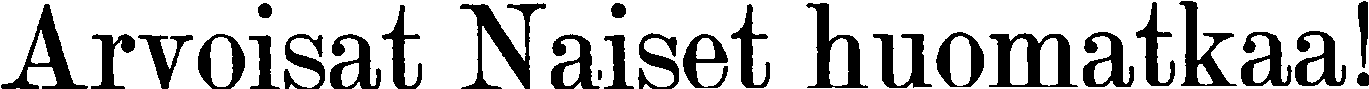
Arvoisat Naiset huomatkaa!